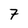
Character: 7